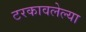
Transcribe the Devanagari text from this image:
टरकावलेल्या